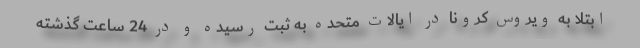
ابتلا به ویروس کرونا در ایالات متحده به ثبت رسیده و در 24 ساعت گذشته